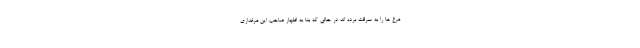
مرغ ها را به سرقت برده اند در حالی که بنا به اظهار صاحب این مرغداری